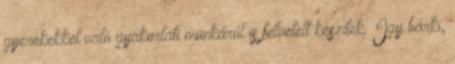
gyerekekkel való gyakorlati munkáról is felvételt készítek. Így bárki,